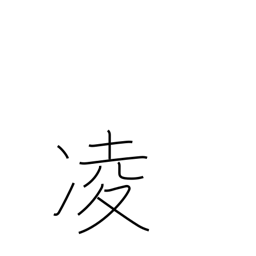
Meaning: stave off